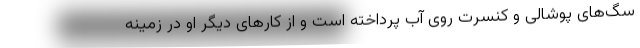
سگ‌های پوشالی و کنسرت روی آب پرداخته است و از کارهای دیگر او در زمینه